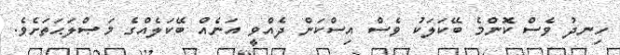
ހިނދު ވެސް ކޮންމެ ބޭކަލަކު ވެސް އިސްކަން ދެއްވީ އަނެއް ބޭކަލެއްގެ މަޞްލަޙަތަށެވެ.